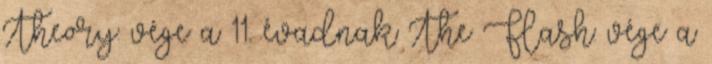
Theory: vége a 11. évadnak The Flash: vége a